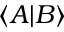
\langle A \vert B \rangle